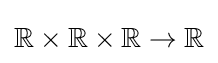
\mathbb {R} \times \mathbb {R} \times \mathbb {R} \rightarrow \mathbb {R}